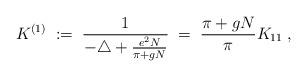
LaTeX: \begin{align*}K^{(1)} \; := \; \frac{1}{-\triangle + \frac{e^2 N}{\pi + gN}} \; = \;\frac{\pi + gN}{\pi} K_{1 1} \; ,\end{align*}